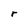
Character: r